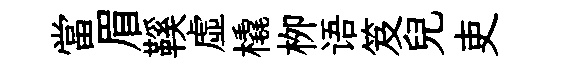
當眉鞵虚橇栁语笈兒吏